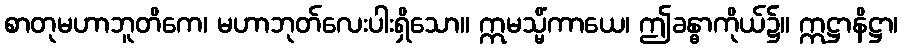
စာတုမဟာဘူတိကေ၊ မဟာဘုတ်လေးပါးရှိသော။ ဣမသ္မိံကာယေ၊ ဤခန္ဓာကိုယ်၌။ ဣဋ္ဌာနိဋ္ဌာ၊